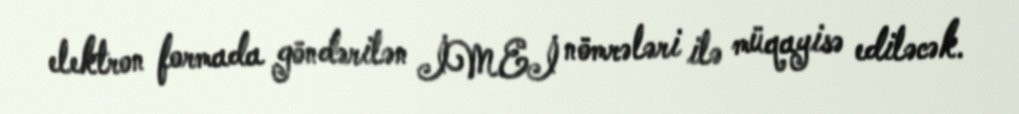
elektron formada göndərilən İMEİ nömrələri ilə müqayisə ediləcək.